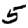
Digit: 5